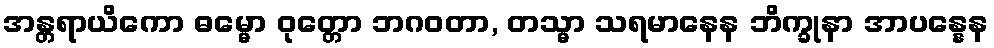
အန္တရာယိကော ဓမ္မော ဝုတ္တော ဘဂဝတာ, တသ္မာ သရမာနေန ဘိက္ခုနာ အာပန္နေန